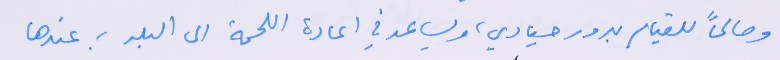
وصالحاً للقيام بدور حيادي، ويساعد في اعادة اللحمة الى البلد ؛ عندها